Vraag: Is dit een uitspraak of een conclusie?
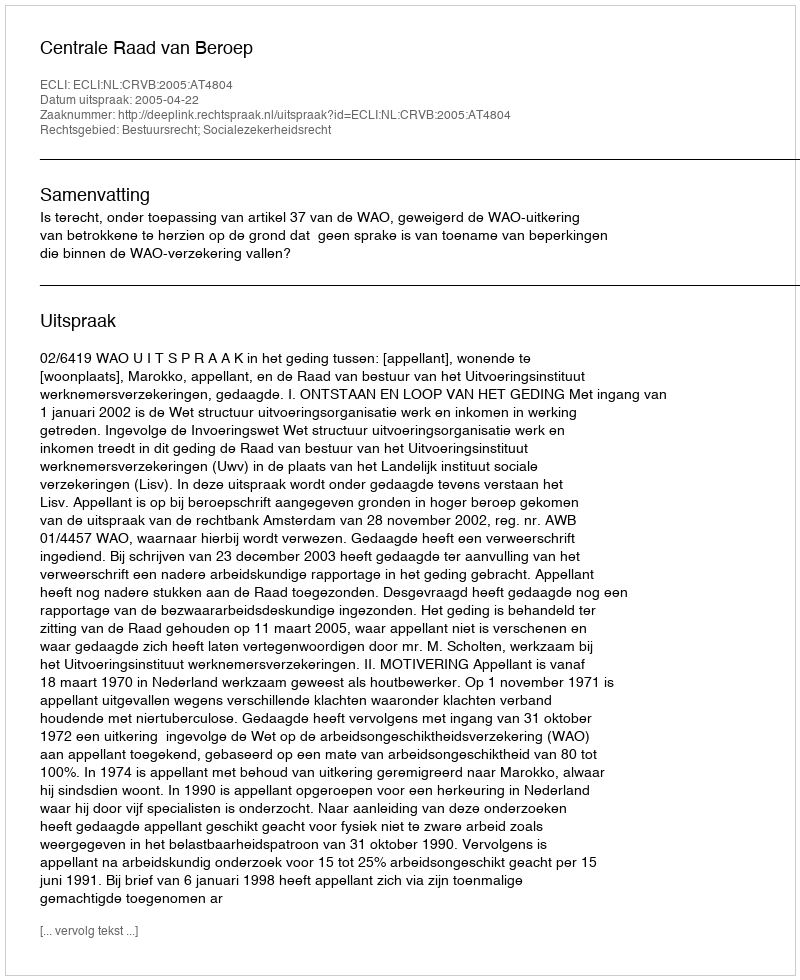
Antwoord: Uitspraak